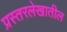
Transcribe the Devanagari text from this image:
प्रस्तरलेखातील